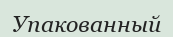
Упакованный